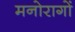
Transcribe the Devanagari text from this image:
मनोरागों